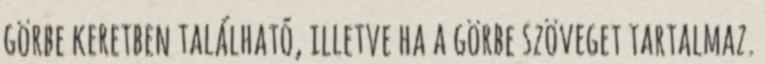
görbe keretben található, illetve ha a görbe szöveget tartalmaz.